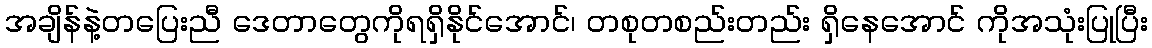
အချိန်နဲ့တပြေးညီ ဒေတာတွေကိုရရှိနိုင်အောင်၊ တစုတစည်းတည်း ရှိနေအောင် ကိုအသုံးပြုပြီး